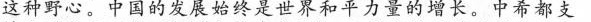
这种野心。中国的发展始终是世界和平力量的增长。中希都支